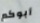
أبوكم